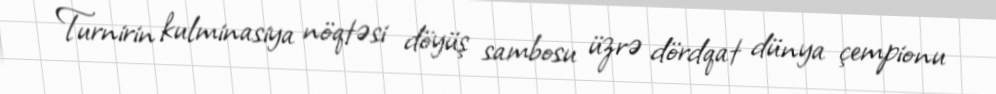
Turnirin kulminasiya nöqtəsi döyüş sambosu üzrə dördqat dünya çempionu